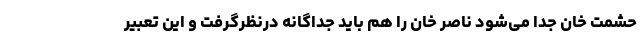
حشمت خان جدا می‌شود ناصر خان را هم باید جداگانه درنظرگرفت و این تعبیر